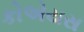
કોએયસ